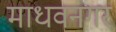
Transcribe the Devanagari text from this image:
माधवनगर